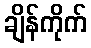
ချိန်ကိုက်